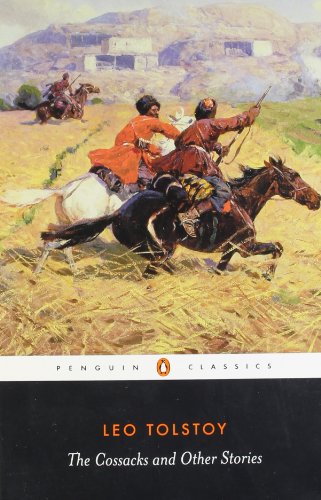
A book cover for The Cossacks and Other Stories (Penguin Classics); Leo Tolstoy; Literature & Fiction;